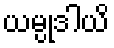
ယမ္ပုဒါယိ